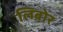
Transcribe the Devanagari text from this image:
लिबोर